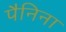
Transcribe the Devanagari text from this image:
पैनिना